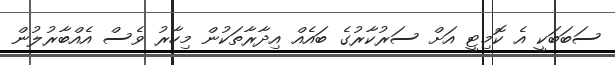
ސަބަބަކީ އެ ކޮމިޓީ އަށް ސަރުކާރުގެ ބައެއް އިދާރާތަކުން މިހާރު ވެސް އެއްބާރުލުން